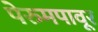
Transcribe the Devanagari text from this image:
पेरुमपावूर